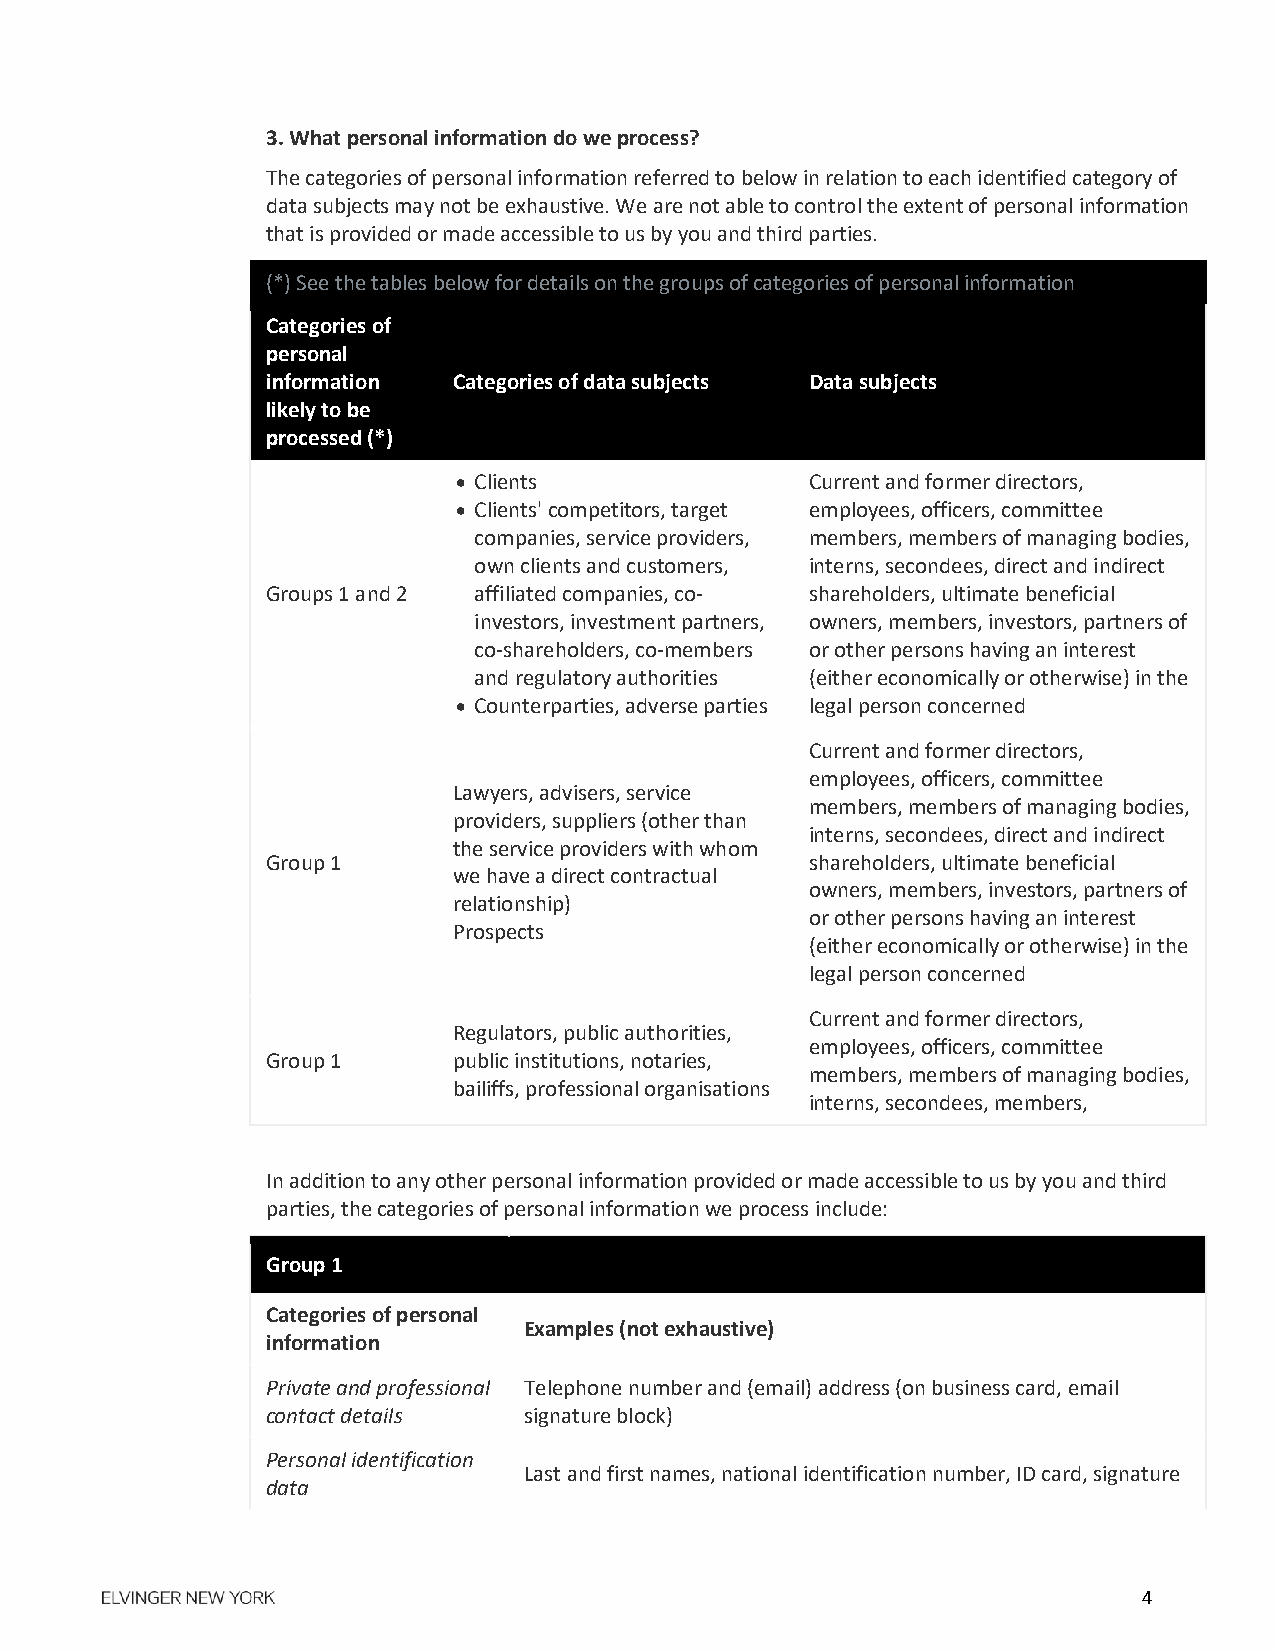
3. What personal information do we process?
 The categories of personal information referred to below in relation to each identified category of
 data subjects may not be exhaustive. We are not able to control the extent of personal information
 that is provided or made accessible to us by you and third parties.
 (*) See the tables below for details on the groups of categories of personal information
 Categories of
 personal
 information Categories of data subjects Data subjects
 likely to be
 processed (*)
  Clients               Current and former directors,
  Clients' competitors, target employees, officers, committee
 companies, service providers, members, members of managing bodies,
 own clients and customers, interns, secondees, direct and indirect
 Groups 1 and 2 affiliated companies, co- shareholders, ultimate beneficial
 investors, investment partners, owners, members, investors, partners of
 co-shareholders, co-members or other persons having an interest
 and regulatory authorities (either economically or otherwise) in the
  Counterparties, adverse parties legal person concerned
 Current and former directors,
 employees, officers, committee
 Lawyers, advisers, service
 members, members of managing bodies,
 providers, suppliers (other than
 interns, secondees, direct and indirect
 the service providers with whom
 Group 1                             shareholders, ultimate beneficial
 we have a direct contractual
 owners, members, investors, partners of
 relationship)
 or other persons having an interest
 Prospects
 (either economically or otherwise) in the
 legal person concerned
 Current and former directors,
 Regulators, public authorities,
 employees, officers, committee
 Group 1     public institutions, notaries,
 members, members of managing bodies,
 bailiffs, professional organisations
 interns, secondees, members,
 In addition to any other personal information provided or made accessible to us by you and third
 parties, the categories of personal information we process include:
 Group 1
 Categories of personal
 Examples (not exhaustive)
 information
 Private and professional Telephone number and (email) address (on business card, email
 contact details  signature block)
 Personal identification
 Last and first names, national identification number, ID card, signature
 data
 4